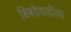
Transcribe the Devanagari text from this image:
बिबवेवाडीला